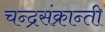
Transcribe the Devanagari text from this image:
चन्द्रसंक्रान्ती